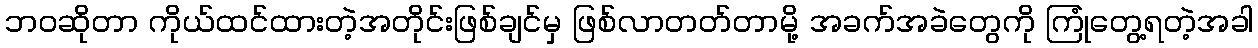
ဘဝဆိုတာ ကိုယ်ထင်ထားတဲ့အတိုင်းဖြစ်ချင်မှ ဖြစ်လာတတ်တာမို့ အခက်အခဲတွေကို ကြုံတွေ့ရတဲ့အခါ